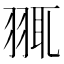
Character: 䎎